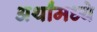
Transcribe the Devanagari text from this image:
अर्थांमध्ये